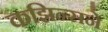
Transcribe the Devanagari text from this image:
कझिन्सने